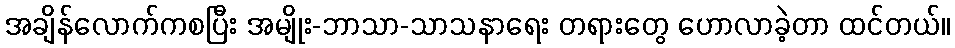
အချိန်လောက်ကစပြီး အမျိုး-ဘာသာ-သာသနာရေး တရားတွေ ဟောလာခဲ့တာ ထင်တယ်။